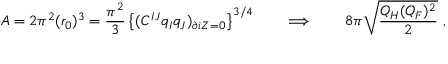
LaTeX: A = 2 \pi ^ { 2 } ( r _ { 0 } ) ^ { 3 } = { \frac { \pi ^ { 2 } } { 3 } } \left\{ ( C ^ { I J } q _ { I } q _ { J } ) _ { \partial i Z = 0 } \right\} ^ { 3 / 4 } \qquad \Longrightarrow \qquad 8 \pi \sqrt { \frac { Q _ { H } ( Q _ { F } ) ^ { 2 } } { 2 } } \ ,